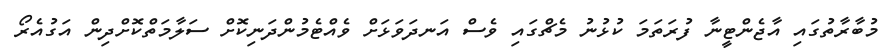
މުބާރާތުގައި އާޖެންޓީނާ ފުރަތަމަ ކުޅުނު މެޗްގައި ވެސް އަނދަވަޅަށް ވެއްޓެމުންދަނިކޮށް ސަލާމަތްކޮށްދިން އަގުއެރޯ